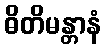
ဓိတိမန္တာနံ